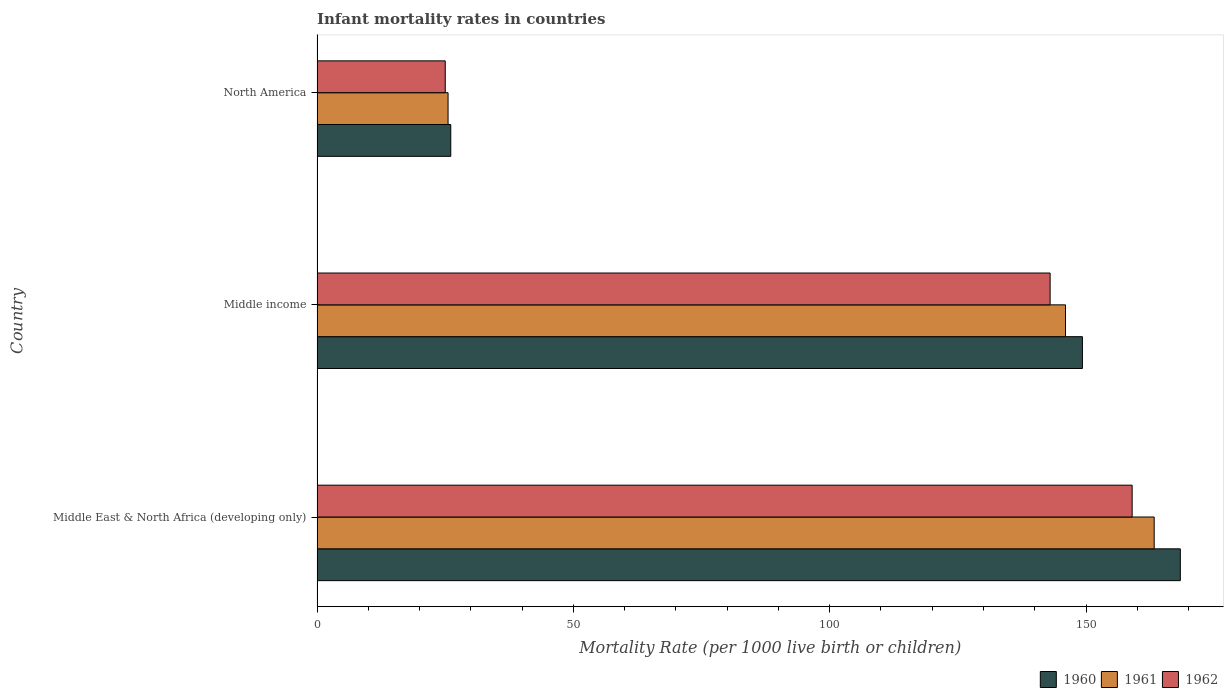
| Country | 1960 | 1961 | 1962 |
 | --- | --- | --- | --- |
 | Middle East & North Africa (developing only) | 168 | 163 | 159 |
 | Middle income | 149 | 146 | 143 |
 | North America | 26.1 | 25.6 | 25 |